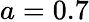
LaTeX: a=0.7